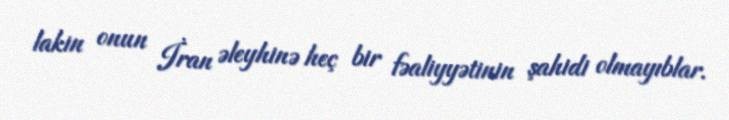
lakin onun İran əleyhinə heç bir fəaliyyətinin şahidi olmayıblar.